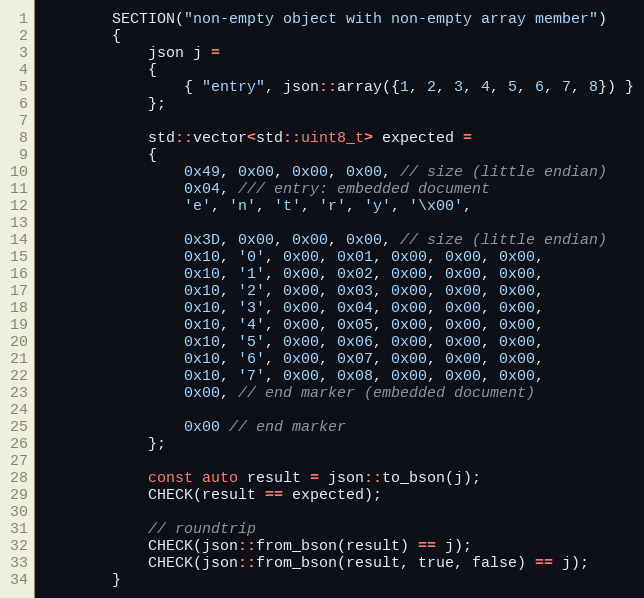
Language: C++
        SECTION("non-empty object with non-empty array member")
        {
            json j =
            {
                { "entry", json::array({1, 2, 3, 4, 5, 6, 7, 8}) }
            };

            std::vector<std::uint8_t> expected =
            {
                0x49, 0x00, 0x00, 0x00, // size (little endian)
                0x04, /// entry: embedded document
                'e', 'n', 't', 'r', 'y', '\x00',

                0x3D, 0x00, 0x00, 0x00, // size (little endian)
                0x10, '0', 0x00, 0x01, 0x00, 0x00, 0x00,
                0x10, '1', 0x00, 0x02, 0x00, 0x00, 0x00,
                0x10, '2', 0x00, 0x03, 0x00, 0x00, 0x00,
                0x10, '3', 0x00, 0x04, 0x00, 0x00, 0x00,
                0x10, '4', 0x00, 0x05, 0x00, 0x00, 0x00,
                0x10, '5', 0x00, 0x06, 0x00, 0x00, 0x00,
                0x10, '6', 0x00, 0x07, 0x00, 0x00, 0x00,
                0x10, '7', 0x00, 0x08, 0x00, 0x00, 0x00,
                0x00, // end marker (embedded document)

                0x00 // end marker
            };

            const auto result = json::to_bson(j);
            CHECK(result == expected);

            // roundtrip
            CHECK(json::from_bson(result) == j);
            CHECK(json::from_bson(result, true, false) == j);
        }